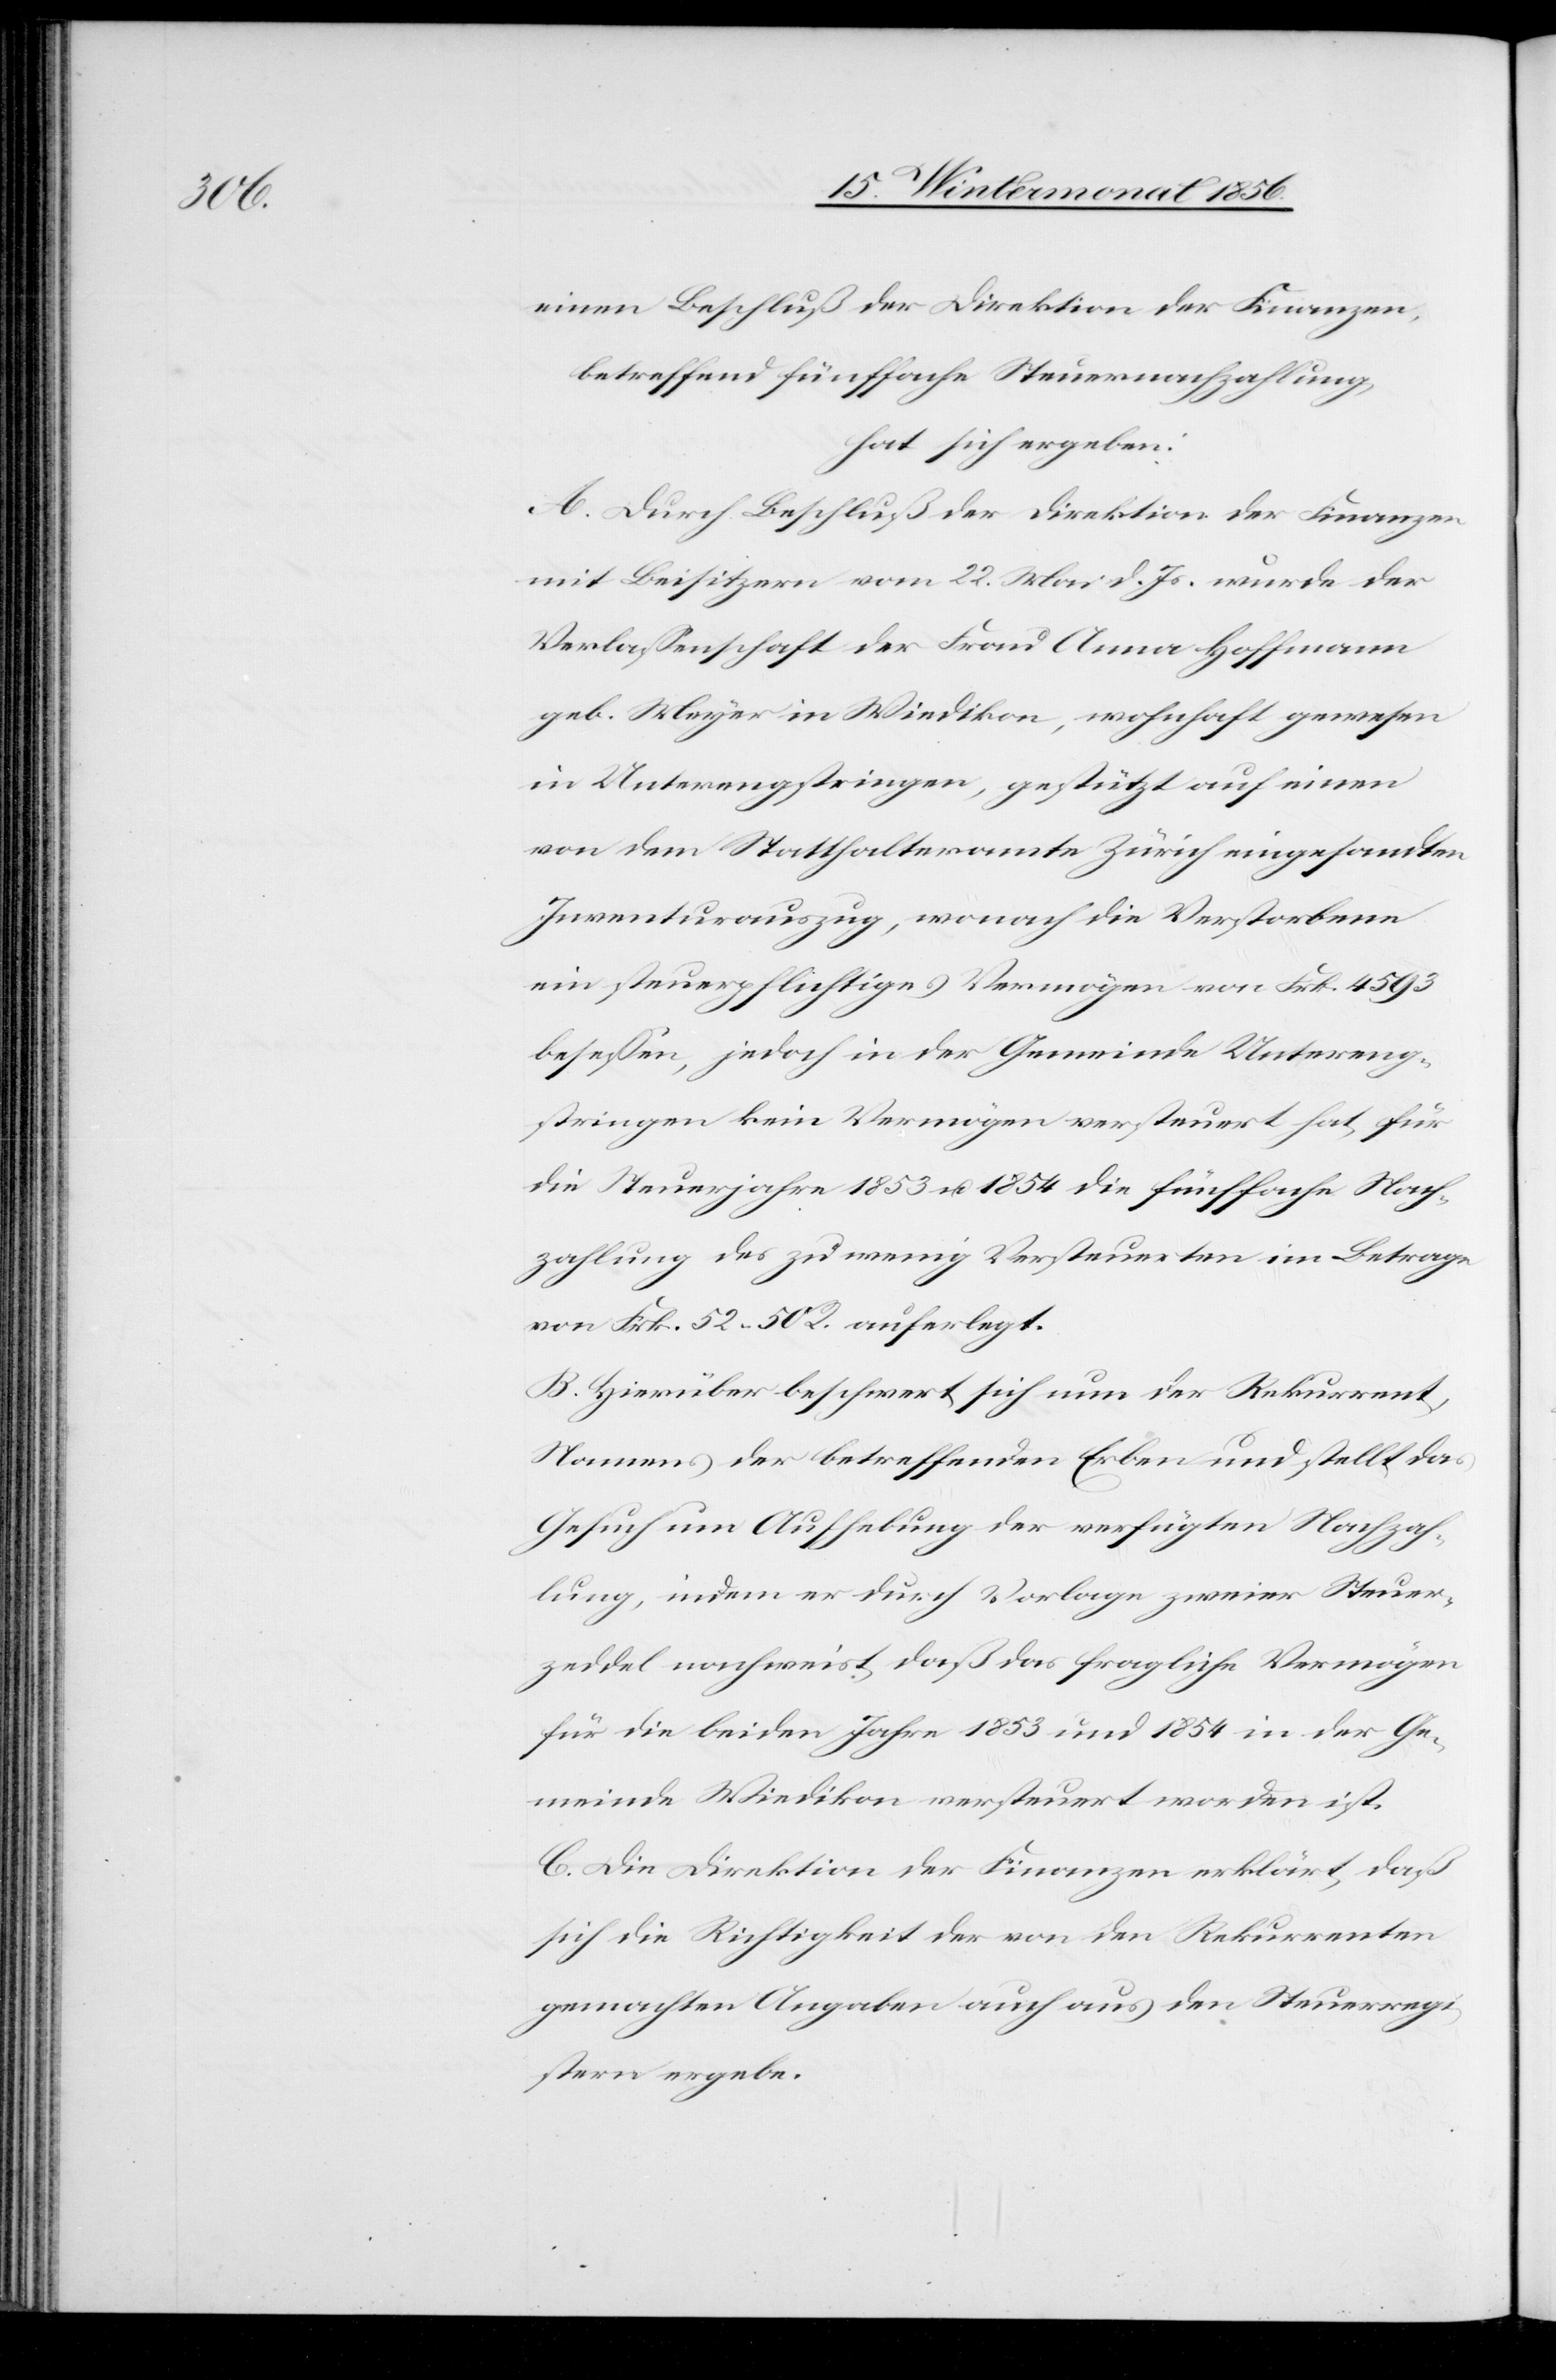
einen Beschluß der Direktion der Finanzen
betreffend fünffache Steuernachzahlung
hat sich ergeben:
A. Durch Beschluß der Direktion der Finanzen
mit Beisitzern vom 22. Mai d. Js. wurde der
Verlassenschaft der Frau Anna Hoffmann
geb. Meyer in Wiedikon, wohnhaft gewesen
in Unterengstringen, gestützt auf einen
von dem Statthalteramte Zürich eingesandten
Inventurauszug, wonach die Verstorbene
ein steuerpflichtiges Vermögen von Frk. 4593
besessen, jedoch in der Gemeinde Untereng¬
stringen kein Vermögen versteuert hat, für
die Steuerjahre 1853 u. 1854 die fünffache Nach¬
zahlung des zu wenig Versteuerten im Betrage
von Frk. 52. 50 R. auferlegt.
B. Hierüber beschwert sich nun der Rekurrent,
Namens der betreffenden Erben und stellt das
Gesuch um Aufhebung der verfügten Nachzah¬
lung, indem der durch Vorlage zweier Steuer¬
zeddel nachweist, daß das fragliche Vermögen
für die beiden Jahre 1853 und 1854 in der Ge¬
meinde Wiedikon versteuert worden ist.
C. Die Direktion der Finanzen erklärt, daß
sich die Richtigkeit der von den Rekurrenten
gemachten Angaben auch aus den Steuerregi¬
stern ergebe.